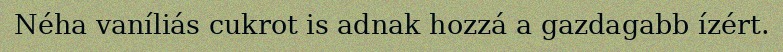
Néha vaníliás cukrot is adnak hozzá a gazdagabb ízért.